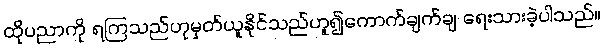
ထိုပညာကို ရကြသည်ဟုမှတ်ယူနိုင်သည်ဟူ၍ကောက်ချက်ချ ရေးသားခဲ့ပါသည်။